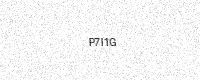
Text: P7I1G